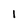
Character: 1